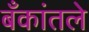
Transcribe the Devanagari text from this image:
बँकांतले